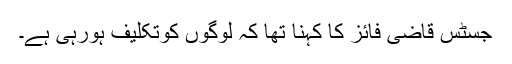
جسٹس قاضی فائز کا کہنا تھا کہ لوگوں کوتکلیف ہورہی ہے۔